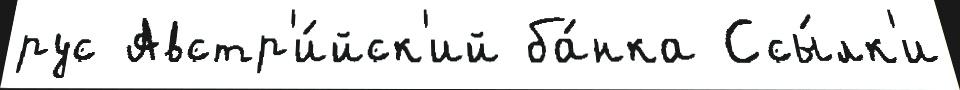
рус Австр'и́йск'ий ба́нка Ссы́лк'и